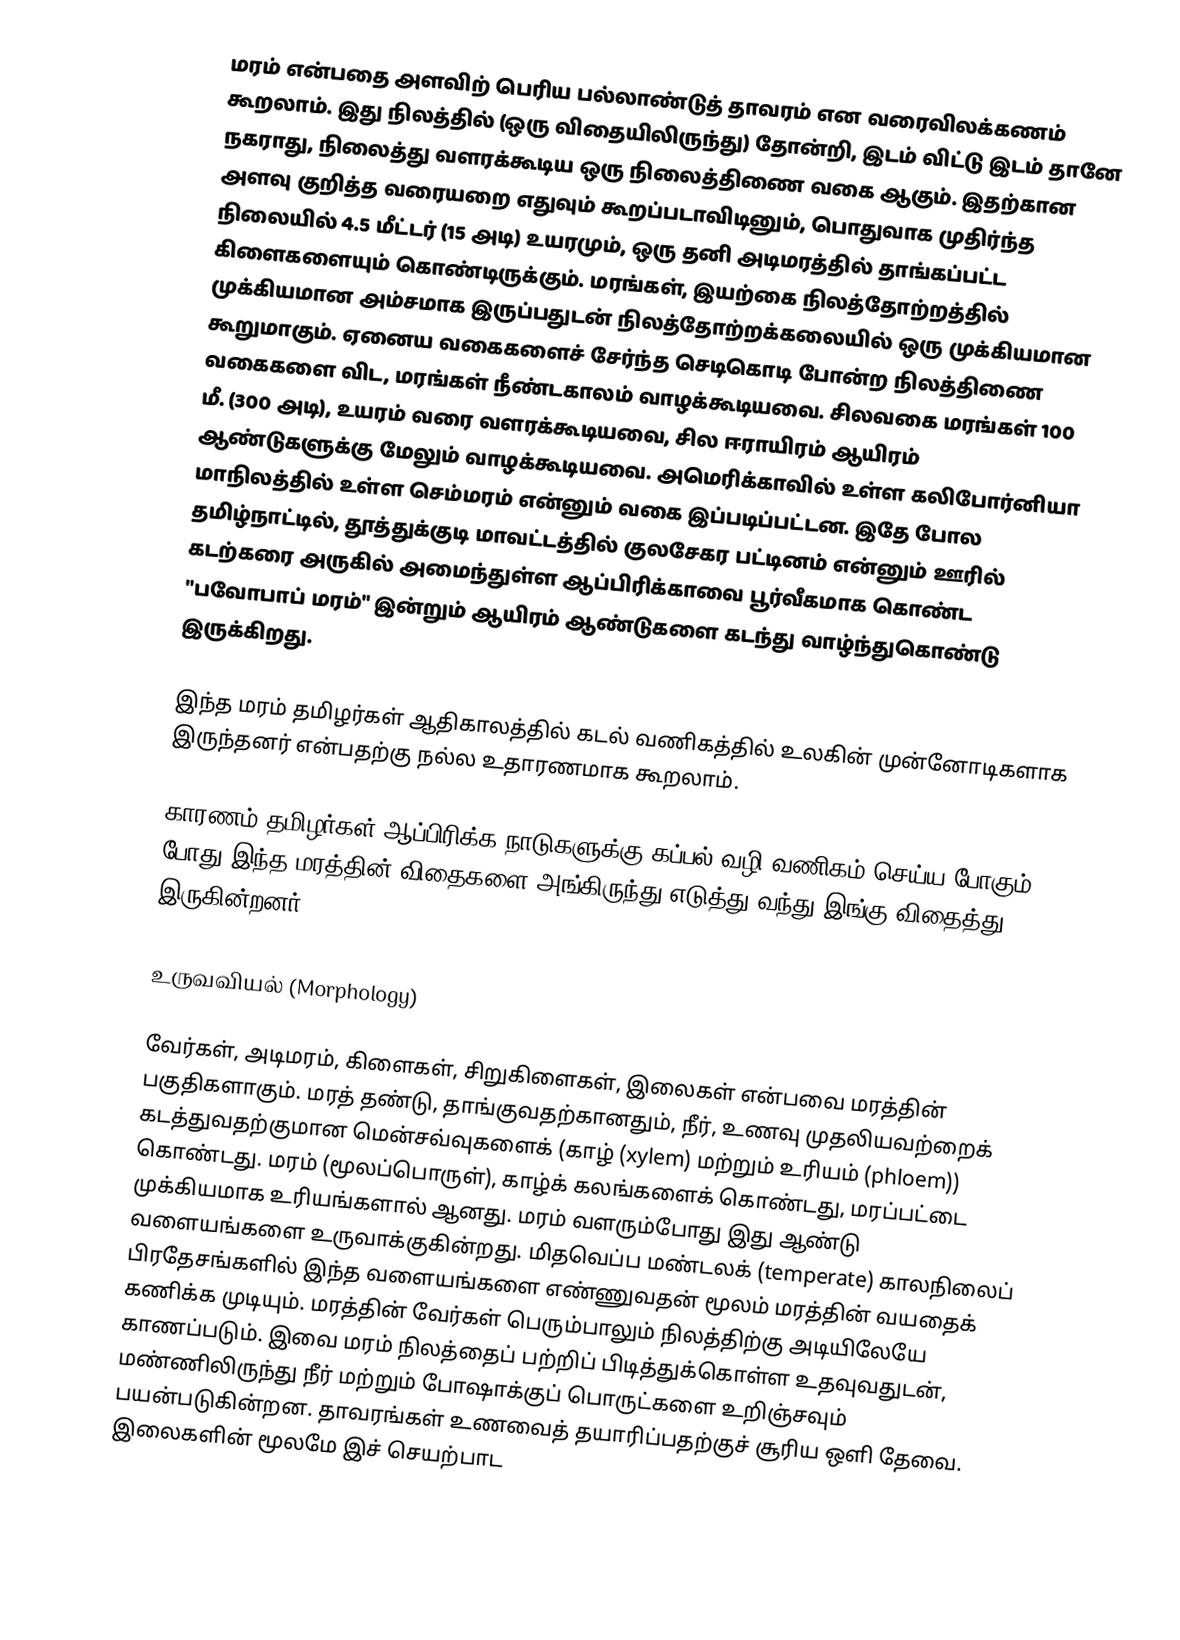
மரம் என்பதை அளவிற் பெரிய பல்லாண்டுத் தாவரம் என வரைவிலக்கணம் கூறலாம். இது நிலத்தில் (ஒரு விதையிலிருந்து) தோன்றி, இடம் விட்டு இடம் தானே நகராது, நிலைத்து வளரக்கூடிய ஒரு நிலைத்திணை வகை ஆகும். இதற்கான அளவு குறித்த வரையறை எதுவும் கூறப்படாவிடினும், பொதுவாக முதிர்ந்த நிலையில் 4.5 மீட்டர் (15 அடி) உயரமும், ஒரு தனி அடிமரத்தில் தாங்கப்பட்ட கிளைகளையும் கொண்டிருக்கும். மரங்கள், இயற்கை நிலத்தோற்றத்தில் முக்கியமான அம்சமாக இருப்பதுடன் நிலத்தோற்றக்கலையில் ஒரு முக்கியமான கூறுமாகும். ஏனைய வகைகளைச் சேர்ந்த செடிகொடி போன்ற நிலத்திணை வகைகளை விட, மரங்கள் நீண்டகாலம் வாழக்கூடியவை. சிலவகை மரங்கள் 100 மீ. (300 அடி), உயரம் வரை வளரக்கூடியவை, சில ஈராயிரம் ஆயிரம் ஆண்டுகளுக்கு மேலும் வாழக்கூடியவை. அமெரிக்காவில் உள்ள கலிபோர்னியா மாநிலத்தில் உள்ள செம்மரம் என்னும் வகை இப்படிப்பட்டன.  இதே போல தமிழ்நாட்டில், தூத்துக்குடி மாவட்டத்தில் குலசேகர பட்டினம் என்னும் ஊரில் கடற்கரை அருகில் அமைந்துள்ள ஆப்பிரிக்காவை பூர்வீகமாக கொண்ட "பவோபாப் மரம்" இன்றும் ஆயிரம் ஆண்டுகளை கடந்து வாழ்ந்துகொண்டு இருக்கிறது.

இந்த மரம் தமிழர்கள் ஆதிகாலத்தில் கடல் வணிகத்தில் உலகின் முன்னோடிகளாக இருந்தனர் என்பதற்கு நல்ல உதாரணமாக கூறலாம்.

காரணம் தமிழர்கள் ஆப்பிரிக்க நாடுகளுக்கு கப்பல் வழி வணிகம் செய்ய போகும் போது இந்த மரத்தின் விதைகளை அங்கிருந்து எடுத்து வந்து இங்கு விதைத்து இருகின்றனர்.

உருவவியல் (Morphology)

வேர்கள், அடிமரம், கிளைகள், சிறுகிளைகள், இலைகள் என்பவை மரத்தின் பகுதிகளாகும். மரத் தண்டு, தாங்குவதற்கானதும், நீர், உணவு முதலியவற்றைக் கடத்துவதற்குமான மென்சவ்வுகளைக் (காழ் (xylem) மற்றும் உரியம் (phloem)) கொண்டது. மரம் (மூலப்பொருள்), காழ்க் கலங்களைக் கொண்டது, மரப்பட்டை முக்கியமாக உரியங்களால் ஆனது. மரம் வளரும்போது இது ஆண்டு வளையங்களை உருவாக்குகின்றது. மிதவெப்ப மண்டலக் (temperate) காலநிலைப் பிரதேசங்களில் இந்த வளையங்களை எண்ணுவதன் மூலம் மரத்தின் வயதைக் கணிக்க முடியும். மரத்தின் வேர்கள் பெரும்பாலும் நிலத்திற்கு அடியிலேயே காணப்படும். இவை மரம் நிலத்தைப் பற்றிப் பிடித்துக்கொள்ள உதவுவதுடன், மண்ணிலிருந்து நீர் மற்றும் போஷாக்குப் பொருட்களை உறிஞ்சவும் பயன்படுகின்றன. தாவரங்கள் உணவைத் தயாரிப்பதற்குச் சூரிய ஒளி தேவை. இலைகளின் மூலமே இச் செயற்பாட